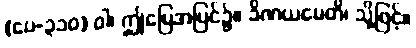
(ပေ-၃၁၀) ဝါ၊ ဤမြေအပြင်၌။ ခိဏယမေတိ၊ သို့ဖြင့်။